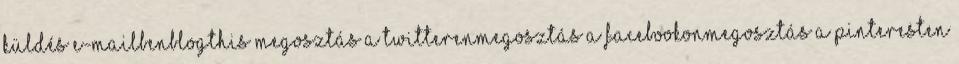
Küldés e-mailbenBlogThis Megosztás a TwitterenMegosztás a FacebookonMegosztás a Pinteresten